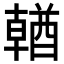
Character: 𨢈